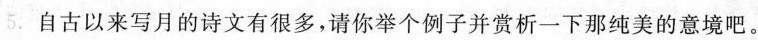
5.自古以来写月的诗文有很多，请你举个例子并赏析一下那纯美的意境吧。